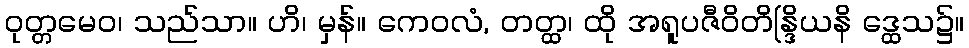
ဝုတ္တမေဝ၊ သည်သာ။ ဟိ၊ မှန်။ ကေဝလံ, တတ္ထ၊ ထို အရူပဇီဝိတိန္ဒြိယနိ ဒ္ထေသ၌။